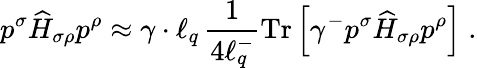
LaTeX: p^{\sigma}\widehat{H}_{\sigma\rho}p^{\rho}\approx\gamma\cdot\ell_{q}\, \frac{1}{4\ell_{q}^{-}}\mathrm{Tr}\left[\gamma^{-}p^{\sigma}\widehat{H}_{\sigma\rho}p^{\rho}\right]\; .